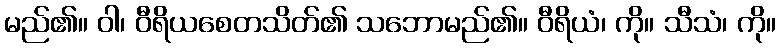
မည်၏။ ဝါ၊ ဝီရိယစေတသိတ်၏ သဘောမည်၏။ ဝီရိယံ၊ ကို။ သီသံ၊ ကို။